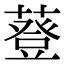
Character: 䔲